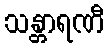
သန္တာရဏီ